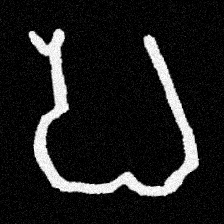
Pyu character \u2014 Myanmar letter: ပ (romanized: pa)